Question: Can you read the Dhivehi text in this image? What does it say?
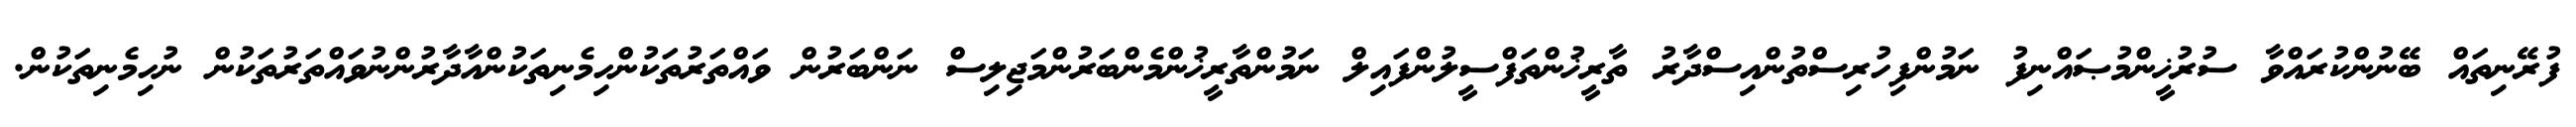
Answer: ފުރޭނިތައް ބޭނުންކުރައްވާ ސުރުޚީންމުޞައްނިފު ނަމުންފިހުރިސްތުންއިސްދާރު ތާރީޚުންތަފްސީލުންފައިލް ނަމުންތާރީޚުންމެންބަރުންމަޖިލިސް ނަންބަރުން ވައްތަރުތަކުންހިމެނިތަކުންއާދާރުންނުވައްތަރުތަކުން ނުހިމެނިތަކުން.